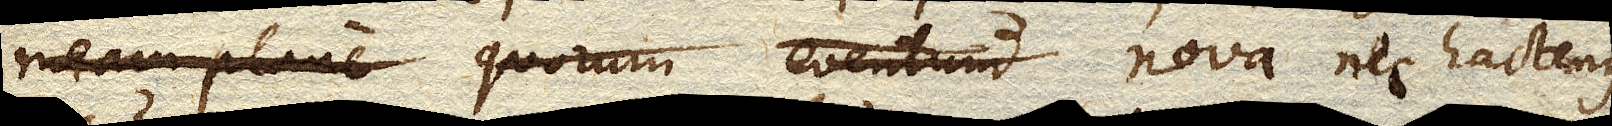
meam plane quorum eventum nova nec hactenus